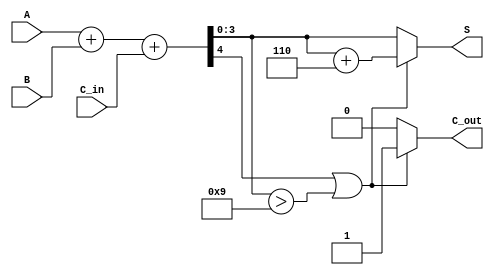
module BCD_Parallel_Adder (
    input  wire [3:0] A,      // First BCD digit
    input  wire [3:0] B,      // Second BCD digit
    input  wire C_in,         // Carry-in
    output reg  [3:0] S,      // BCD sum
    output reg  C_out         // Carry-out
);

    wire [4:0] Sum;           // 5-bit sum to accommodate carry
    wire correction_needed;    // Flag to indicate if correction is needed

    // Step 1: Perform binary addition
    assign Sum = A + B + C_in;

    // Step 2: Determine if correction is needed
    assign correction_needed = (Sum[4] == 1'b1) || (Sum[3:0] > 4'b1001);

    // Step 3: BCD correction and final output assignment
    always @(*) begin
        if (correction_needed) begin
            S = Sum[3:0] + 4'b0110; // Add 6 for BCD correction
            C_out = 1'b1;           // Set carry-out
        end else begin
            S = Sum[3:0];           // No correction needed
            C_out = 1'b0;           // No carry-out
        end
    end

endmodule